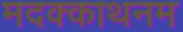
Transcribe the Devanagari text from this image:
मदक्काथनम